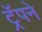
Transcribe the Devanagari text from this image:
ट्रॅपने